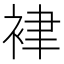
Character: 𧙻